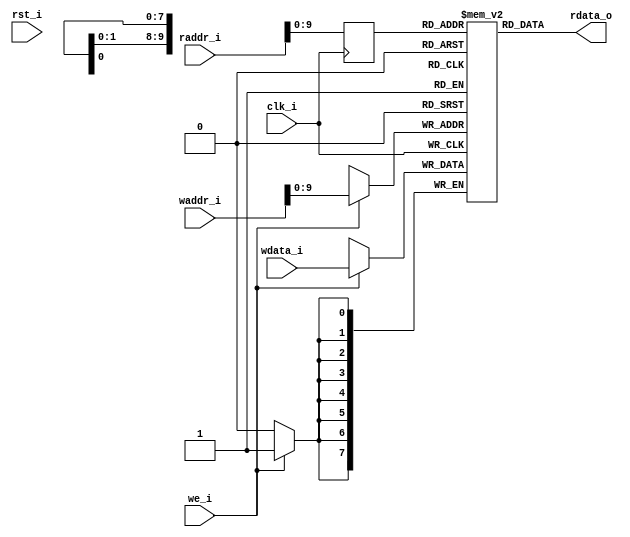
module lm32_dp_ram(
	clk_i,
	rst_i,
	we_i,
	waddr_i,
	wdata_i,
	raddr_i,
	rdata_o);

parameter addr_width = 32;
parameter addr_depth = 1024;
parameter data_width = 8;

input clk_i;
input rst_i;
input we_i;
input [addr_width-1:0] waddr_i;
input [data_width-1:0] wdata_i;
input [addr_width-1:0] raddr_i;
output [data_width-1:0] rdata_o;

reg [data_width-1:0] ram[addr_depth-1:0];

reg [addr_width-1:0] raddr_r;
assign rdata_o = ram[raddr_r];

integer i;
initial begin
	for (i=0;i<=addr_depth-1;i=i+1)
		ram[i] = 0;
end

always @ (posedge clk_i)
begin
	if (we_i)
		ram[waddr_i] <= wdata_i;
	raddr_r <= raddr_i;
end

endmodule